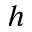
h